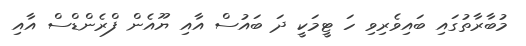
މުބާރާތުގައި ބައިވެރިވި ހަ ޓީމަކީ ދަ ބައުސް އާއި ޔޫއެން ފްރެންޑްސް އާއި